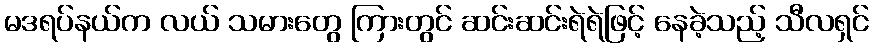
မဒရပ်နယ်က လယ် သမားတွေ ကြားတွင် ဆင်းဆင်းရဲရဲဖြင့် နေခဲ့သည့် သီလရှင်